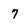
Character: 7